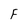
Character: F